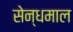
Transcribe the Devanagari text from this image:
सेन्धमाल